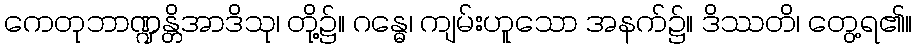
ကေတုဘာဏ္ဍန္တိအာဒိသု၊ တို့၌။ ဂန္ဓေ၊ ကျမ်းဟူသော အနက်၌။ ဒိဿတိ၊ တွေ့ရ၏။